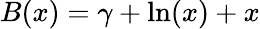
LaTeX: B(x)=\gamma+\ln(x)+x